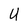
Character: U